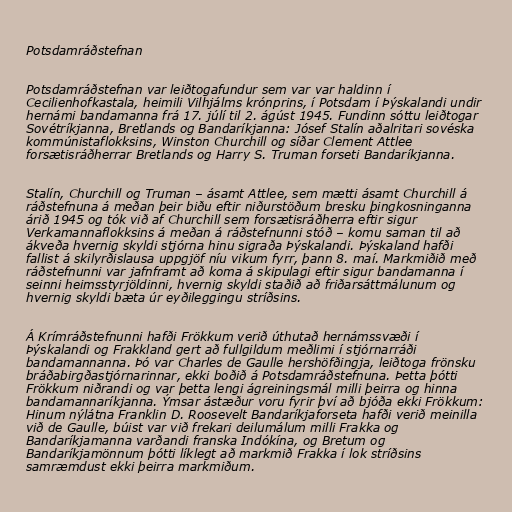
Potsdamráðstefnan

Potsdamráðstefnan var leiðtogafundur sem var var haldinn í
Cecilienhofkastala, heimili Vilhjálms krónprins, í Potsdam í Þýskalandi undir
hernámi bandamanna frá 17. júlí til 2. ágúst 1945. Fundinn sóttu leiðtogar
Sovétríkjanna, Bretlands og Bandaríkjanna: Jósef Stalín aðalritari sovéska
kommúnistaflokksins, Winston Churchill og síðar Clement Attlee
forsætisráðherrar Bretlands og Harry S. Truman forseti Bandaríkjanna.

Stalín, Churchill og Truman – ásamt Attlee, sem mætti ásamt Churchill á
ráðstefnuna á meðan þeir biðu eftir niðurstöðum bresku þingkosninganna
árið 1945 og tók við af Churchill sem forsætisráðherra eftir sigur
Verkamannaflokksins á meðan á ráðstefnunni stóð – komu saman til að
ákveða hvernig skyldi stjórna hinu sigraða Þýskalandi. Þýskaland hafði
fallist á skilyrðislausa uppgjöf níu vikum fyrr, þann 8. maí. Markmiðið með
ráðstefnunni var jafnframt að koma á skipulagi eftir sigur bandamanna í
seinni heimsstyrjöldinni, hvernig skyldi staðið að friðarsáttmálunum og
hvernig skyldi bæta úr eyðileggingu stríðsins.

Á Krímráðstefnunni hafði Frökkum verið úthutað hernámssvæði í
Þýskalandi og Frakkland gert að fullgildum meðlimi í stjórnarráði
bandamannanna. Þó var Charles de Gaulle hershöfðingja, leiðtoga frönsku
bráðabirgðastjórnarinnar, ekki boðið á Potsdamráðstefnuna. Þetta þótti
Frökkum niðrandi og var þetta lengi ágreiningsmál milli þeirra og hinna
bandamannaríkjanna. Ýmsar ástæður voru fyrir því að bjóða ekki Frökkum:
Hinum nýlátna Franklin D. Roosevelt Bandaríkjaforseta hafði verið meinilla
við de Gaulle, búist var við frekari deilumálum milli Frakka og
Bandaríkjamanna varðandi franska Indókína, og Bretum og
Bandaríkjamönnum þótti líklegt að markmið Frakka í lok stríðsins
samræmdust ekki þeirra markmiðum.